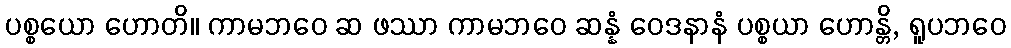
ပစ္စယော ဟောတိ။ ကာမဘဝေ ဆ ဖဿာ ကာမဘဝေ ဆန္နံ ဝေဒနာနံ ပစ္စယာ ဟောန္တိ, ရူပဘဝေ